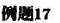
例题17